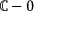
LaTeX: \mathbb { C } - 0